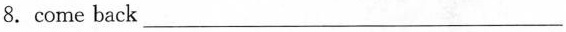
8.come back___